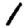
Digit: 1